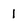
Character: 1